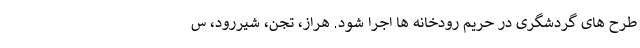
طرح های گردشگری در حریم رودخانه ها اجرا شود. هراز، تجن، شیررود، س